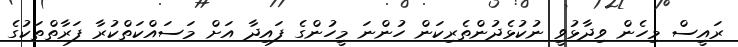
ރައީސް މިހެން ވިދާޅުވީ ނުކުޅެދުންތެރިކަން ހުންނަ މީހުންގެ ފައިދާ އަށް މަސައްކަތްކުރާ ފަރާތްތަކުގެ